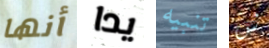
أنها يدا تنبيه ش